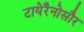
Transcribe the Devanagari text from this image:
टायेरैनोसौर